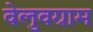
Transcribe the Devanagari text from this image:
वेलुवग्राम